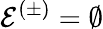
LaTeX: \mathcal{E}^{(\pm)}=\emptyset